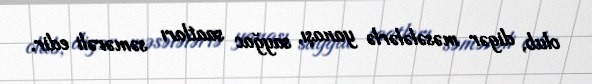
olub, digər məsələlərlə yanaşı, sayğac saatları səmərəli edir.